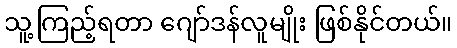
သူ့ကြည့်ရတာ ဂျော်ဒန်လူမျိုး ဖြစ်နိုင်တယ်။